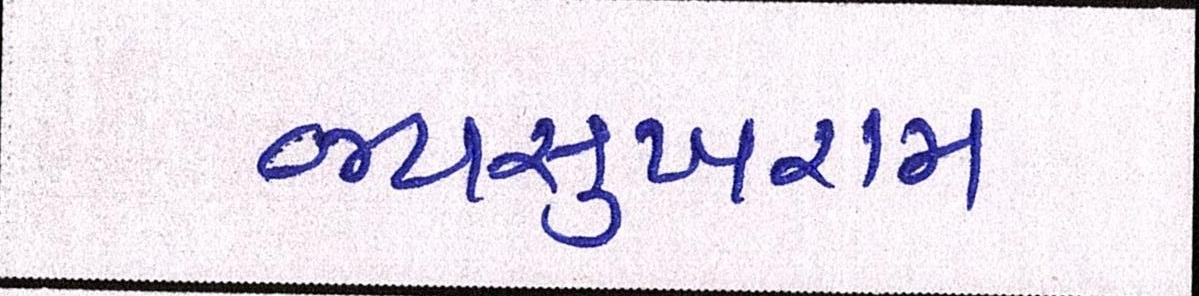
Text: જયસુખરામ